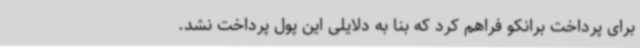
برای پرداخت برانکو فراهم کرد که بنا به دلایلی این پول پرداخت نشد.